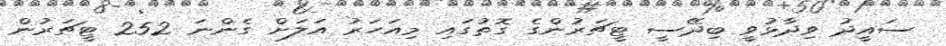
ސައީދު ވިދާޅުވީ ބިދޭސީ ޓީޗަރުންގެ ގޮތުގައި މިއަހަރު އަލަށް ގެންނަ 252 ޓީޗަރުން